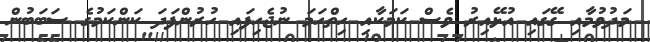
މަދުވުމާއި ގޭގައި އުޅޭއިރު ވެސް ކަމަކާއި ހިތްހަމަ ނުޖެހިފައި ހުރުންފަދަ ކަންކަމުގެ ސަބަބުން